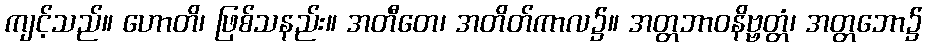
ကျင့်သည်။ ဟောတိ၊ ဖြစ်သနည်း။ အတီတေ၊ အတိတ်ကာလ၌။ အတ္တဘာဝနိဗ္ဗတ္တံ၊ အတ္တဘော၌